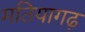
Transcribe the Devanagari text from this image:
मतियागढ़